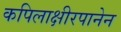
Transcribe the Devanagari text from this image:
कपिलाक्षीरपानेन